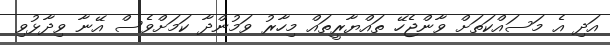
އަދި އެ މަސައްކަތަށް ވާންޖެހޭ ތައްޔާރީތައް މިހާރު ވަމުންދާ ކަމަށްވެސް އޭނާ ވިދާޅުވި